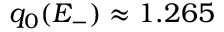
q _ { 0 } ( E _ { - } ) \approx 1 . 2 6 5